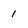
Character: 1